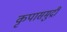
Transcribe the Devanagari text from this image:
कृपासमुद्री